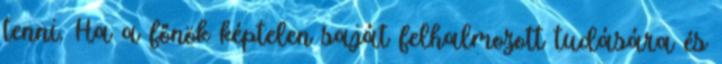
tenni. Ha a főnök képtelen saját felhalmozott tudására és